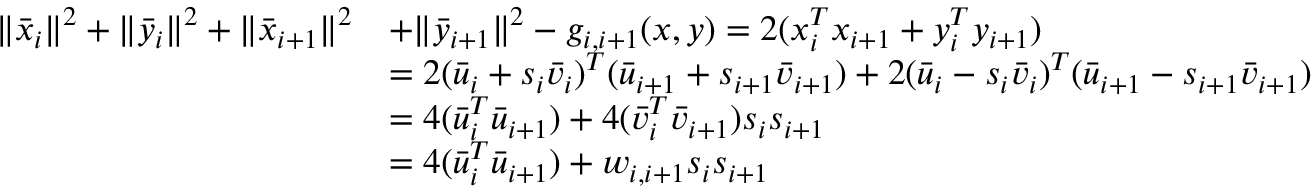
\begin{array} { r l } { \| \bar { x } _ { i } \| ^ { 2 } + \| \bar { y } _ { i } \| ^ { 2 } + \| \bar { x } _ { i + 1 } \| ^ { 2 } } & { + \| \bar { y } _ { i + 1 } \| ^ { 2 } - g _ { i , i + 1 } ( x , y ) = 2 ( x _ { i } ^ { T } x _ { i + 1 } + y _ { i } ^ { T } y _ { i + 1 } ) \, } \\ & { = 2 ( \bar { u } _ { i } + s _ { i } \bar { v } _ { i } ) ^ { T } ( \bar { u } _ { i + 1 } + s _ { i + 1 } \bar { v } _ { i + 1 } ) + 2 ( \bar { u } _ { i } - s _ { i } \bar { v } _ { i } ) ^ { T } ( \bar { u } _ { i + 1 } - s _ { i + 1 } \bar { v } _ { i + 1 } ) } \\ & { = 4 ( \bar { u } _ { i } ^ { T } \bar { u } _ { i + 1 } ) + 4 ( \bar { v } _ { i } ^ { T } \bar { v } _ { i + 1 } ) s _ { i } s _ { i + 1 } } \\ & { = 4 ( \bar { u } _ { i } ^ { T } \bar { u } _ { i + 1 } ) + w _ { i , i + 1 } s _ { i } s _ { i + 1 } } \end{array}